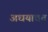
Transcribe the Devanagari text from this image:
अधयावत